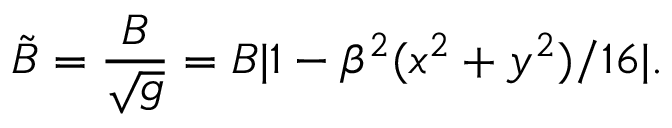
\tilde { B } = \frac { B } { \sqrt { g } } = B | 1 - \beta ^ { 2 } ( x ^ { 2 } + y ^ { 2 } ) / 1 6 | .